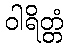
ဝါရိတ္တံ